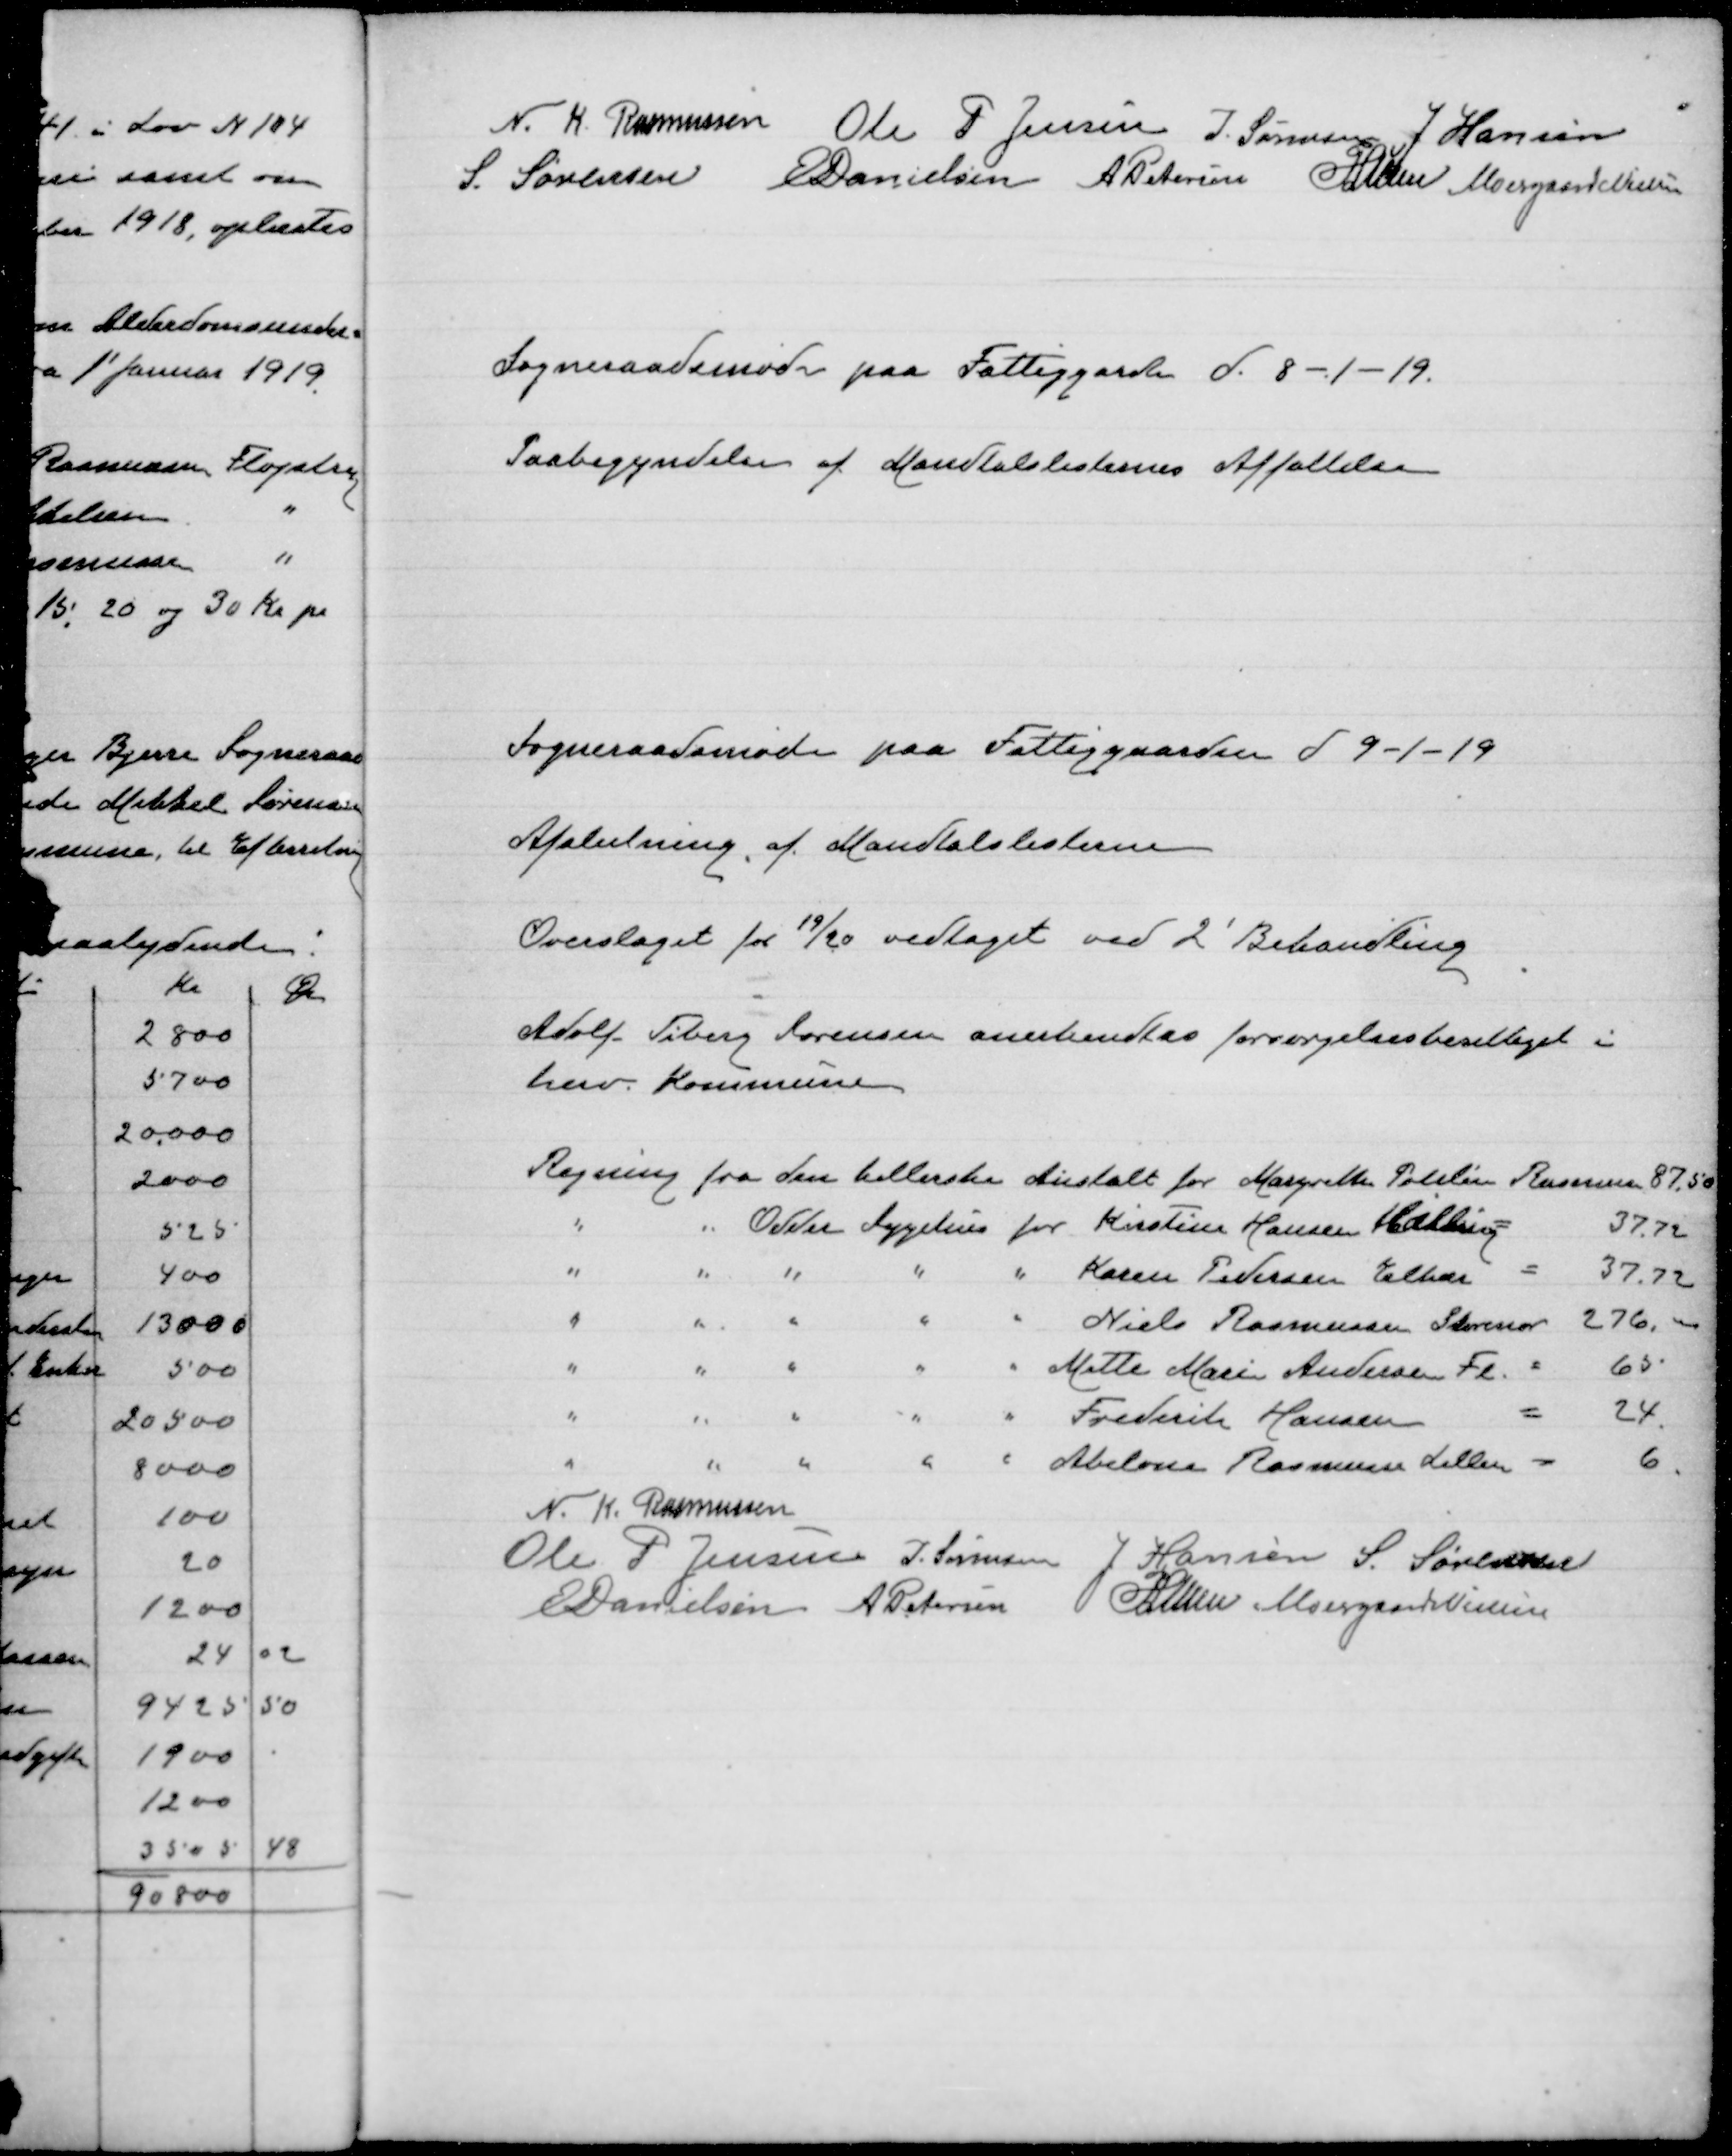
Transskription:
N. K. Rasmussen
Ole P Jensen
J Sørensen
J Hansen
S Sørensen
E Danielsen
A Petersen
P Lunn
Moesgaard Nielsen

Sogneraadsmøde paa Fattiggarden d. 8-1-19.
Paabegyndelse af Mandtalslisternes Affa

Sogneraadsmøde paa Fattiggaarden d 9-1-19
Afslutning af Mandtalslisterne
Overslaget for 19/20 vedtaget ved 2' Behandling.
Adolf Viberg Sørensen anerkendtes forsørgelsesberettiget i
herv. Kommune

N. K. Rasmussen
Ole P Jensen
J. Sørensen
J Hansen
S. Sørensen
E Danielsen
A Petersen
P Lunn
Moesgaard Nielsen